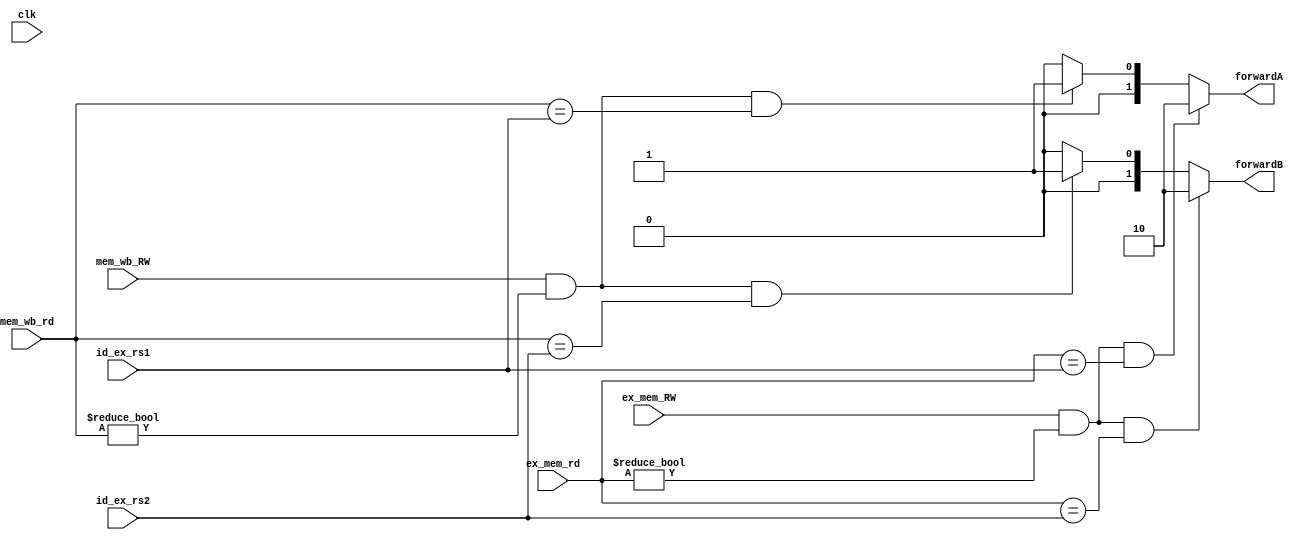
`timescale 1ns / 1ps

module forwarding_unit(
    input clk,
    
    input [4:0] ex_mem_rd, 
    input ex_mem_RW,
    input [4:0] mem_wb_rd,
    input mem_wb_RW,
    input [4:0] id_ex_rs1, id_ex_rs2,
        
    output wire [1:0] forwardA, forwardB
    );
    
    assign forwardA = (ex_mem_RW & (ex_mem_rd != 0) & (ex_mem_rd == id_ex_rs1)) ? 2'b10 : (mem_wb_RW & (mem_wb_rd != 0) & (mem_wb_rd == id_ex_rs1)) ? 2'b01 : 0;
    assign forwardB = (ex_mem_RW & (ex_mem_rd != 0) & (ex_mem_rd == id_ex_rs2)) ? 2'b10 : (mem_wb_RW & (mem_wb_rd != 0) & (mem_wb_rd == id_ex_rs2)) ? 2'b01 : 0;
    
endmodule